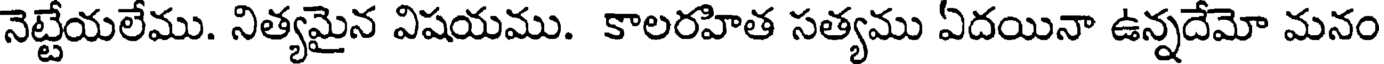
నెట్టేయలేము. నిత్యమైన విషయము. కాలరహిత సత్యము ఏదయినా ఉన్నదేమో మనం